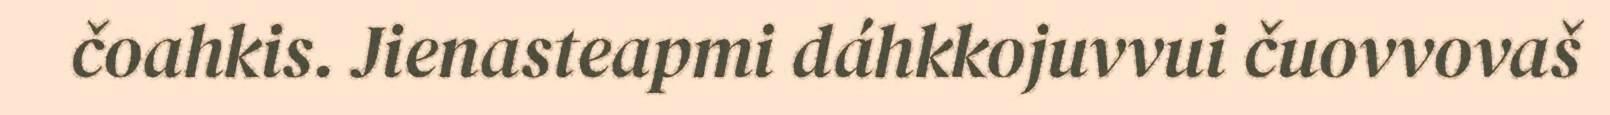
čoahkis. Jienasteapmi dáhkkojuvvui čuovvovaš